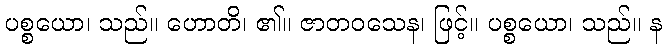
ပစ္စယော၊ သည်။ ဟောတိ၊ ၏။ ဇာတဝသေန၊ ဖြင့်။ ပစ္စယော၊ သည်။ န